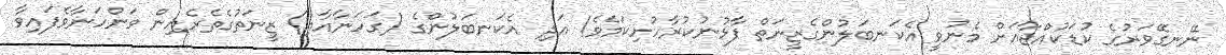
ނޭނގޭވަރުގެ ކުޑަކުއްޖާއަށް މެނުވީ އެކަނބަލުންގެޒީނަތް ފާޅުނުކުރާހުށިކަމެވެ! އަދި އެކަނބަލުންގެ (ގަހަނާއާއި) ޒީނަތުގެތެރެއިން ވަންހަނާވެފައިވާ